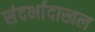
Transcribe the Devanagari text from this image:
संदर्भादाखल